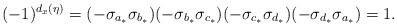
LaTeX: \begin{align*}(-1)^{d_x(\eta)} & = (-\sigma_{a_*}\sigma_{b_*})(-\sigma_{b_*}\sigma_{c_*})(-\sigma_{c_*}\sigma_{d_*})(-\sigma_{d_*}\sigma_{a_*})=1.\end{align*}